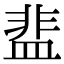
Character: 𬐤